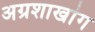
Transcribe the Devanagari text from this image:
अग्रशाखांग